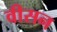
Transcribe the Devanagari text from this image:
वीसन